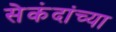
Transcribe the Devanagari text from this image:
सेकंदांच्या